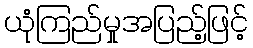
ယုံကြည်မှုအပြည့်ဖြင့်